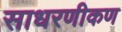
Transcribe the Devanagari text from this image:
साधरणीकण